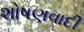
શોષણવાદી